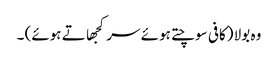
وہ بولا (کافی سوچتے ہوئے سر کجھاتے ہوئے) ۔